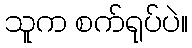
သူက စက်ရုပ်ပဲ။